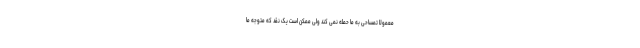
معمولاً تمساحی به ما حمله نمی کند ولی ممکن است یک نقد که متوجه ما